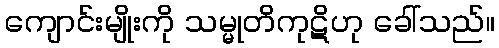
ကျောင်းမျိုးကို သမ္မုတိကုဋိဟု ခေါ်သည်။